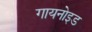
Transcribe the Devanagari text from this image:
गायनोइड